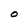
Character: O